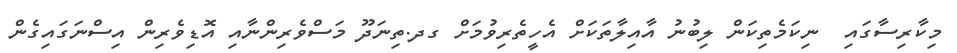
މިކާރިސާގައި  ނިކަމެތިކަން ލިބުނު އާއިލާތަކަށް އެހީތެރިވުމަށް ގދ.ތިނަދޫ މަސްވެރިންނާއި އޮޑިވެރިން އިސްނަގައިގެން